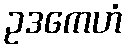
ဥဒကေဟံ